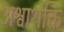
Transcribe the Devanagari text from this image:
अश्वाशक्ति